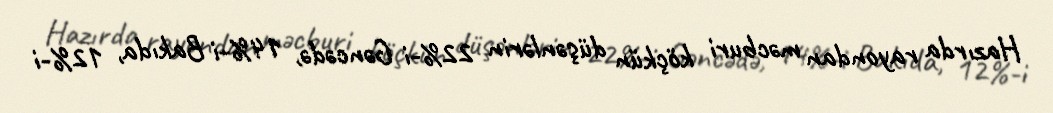
Hazırda rayondan məcburi köçkün düşənlərin 22%-i Gəncədə, 14%-i Bakıda, 12%-i